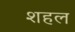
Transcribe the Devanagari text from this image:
शहल